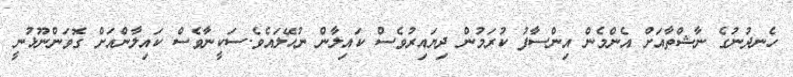
ހެނދުނުގެ ނާޝްތާއަށް އެންމެން އިންސާފު ކުރަމުން ދިޔައިރުވެސް ކައިލާން ނުހޭލައެވެ.ސަކީނާވެސް ކައިލާންއަށް ގޮވަންނޫޅުނީ